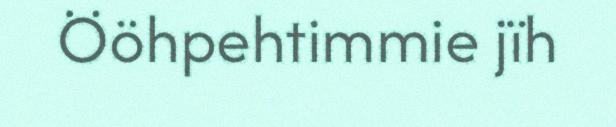
Ööhpehtimmie jïh